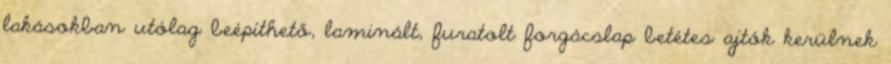
lakásokban utólag beépíthető, laminált, furatolt forgácslap betétes ajtók kerülnek